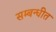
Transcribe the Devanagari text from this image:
सम्बन्धीत